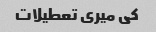
کی میری تعطیلات